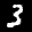
Label: 3